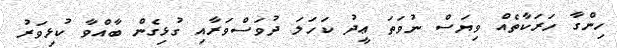
ހިންގާ ހަރަކާތެއް ވިޔަސް ނުވަތަ ޢީދު ކަހަަލަ ދުވަސްވަރާއި ގުޅިގެން ބާއްވާ ކުޅިވަރު